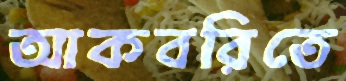
আকবরিতে